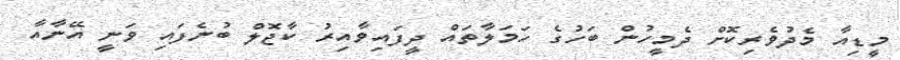
މީޑިއާ މެދުވެރިކޮށް ދެމީހުން ބަހުގެ ހަމަލާތައް ދީފައިވާއިރު ކާޖޮލް ބުނެފައި ވަނީ އޭނާއާ